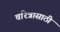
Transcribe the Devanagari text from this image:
चरित्रासाठी